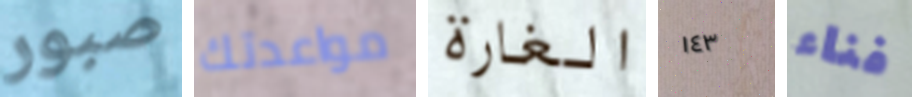
صبور مواعدتك الغارة ١٤٣ فناء